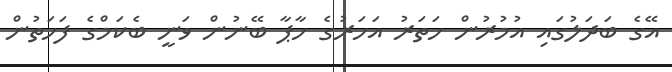
އޭގެ ބަދަލުގައި އުމުރުން ހަތަރު އަހަރުގެ ހާޕާ ބޭނުން ވަނީ ބެކަމްގެ ފަހަތުން